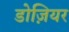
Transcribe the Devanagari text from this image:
डोज़ियर